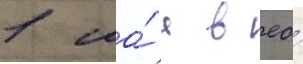
1 ма́я в ео́